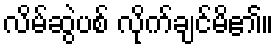
လိမ်ဆွဲပစ် လိုက်ချင်မိ၏။